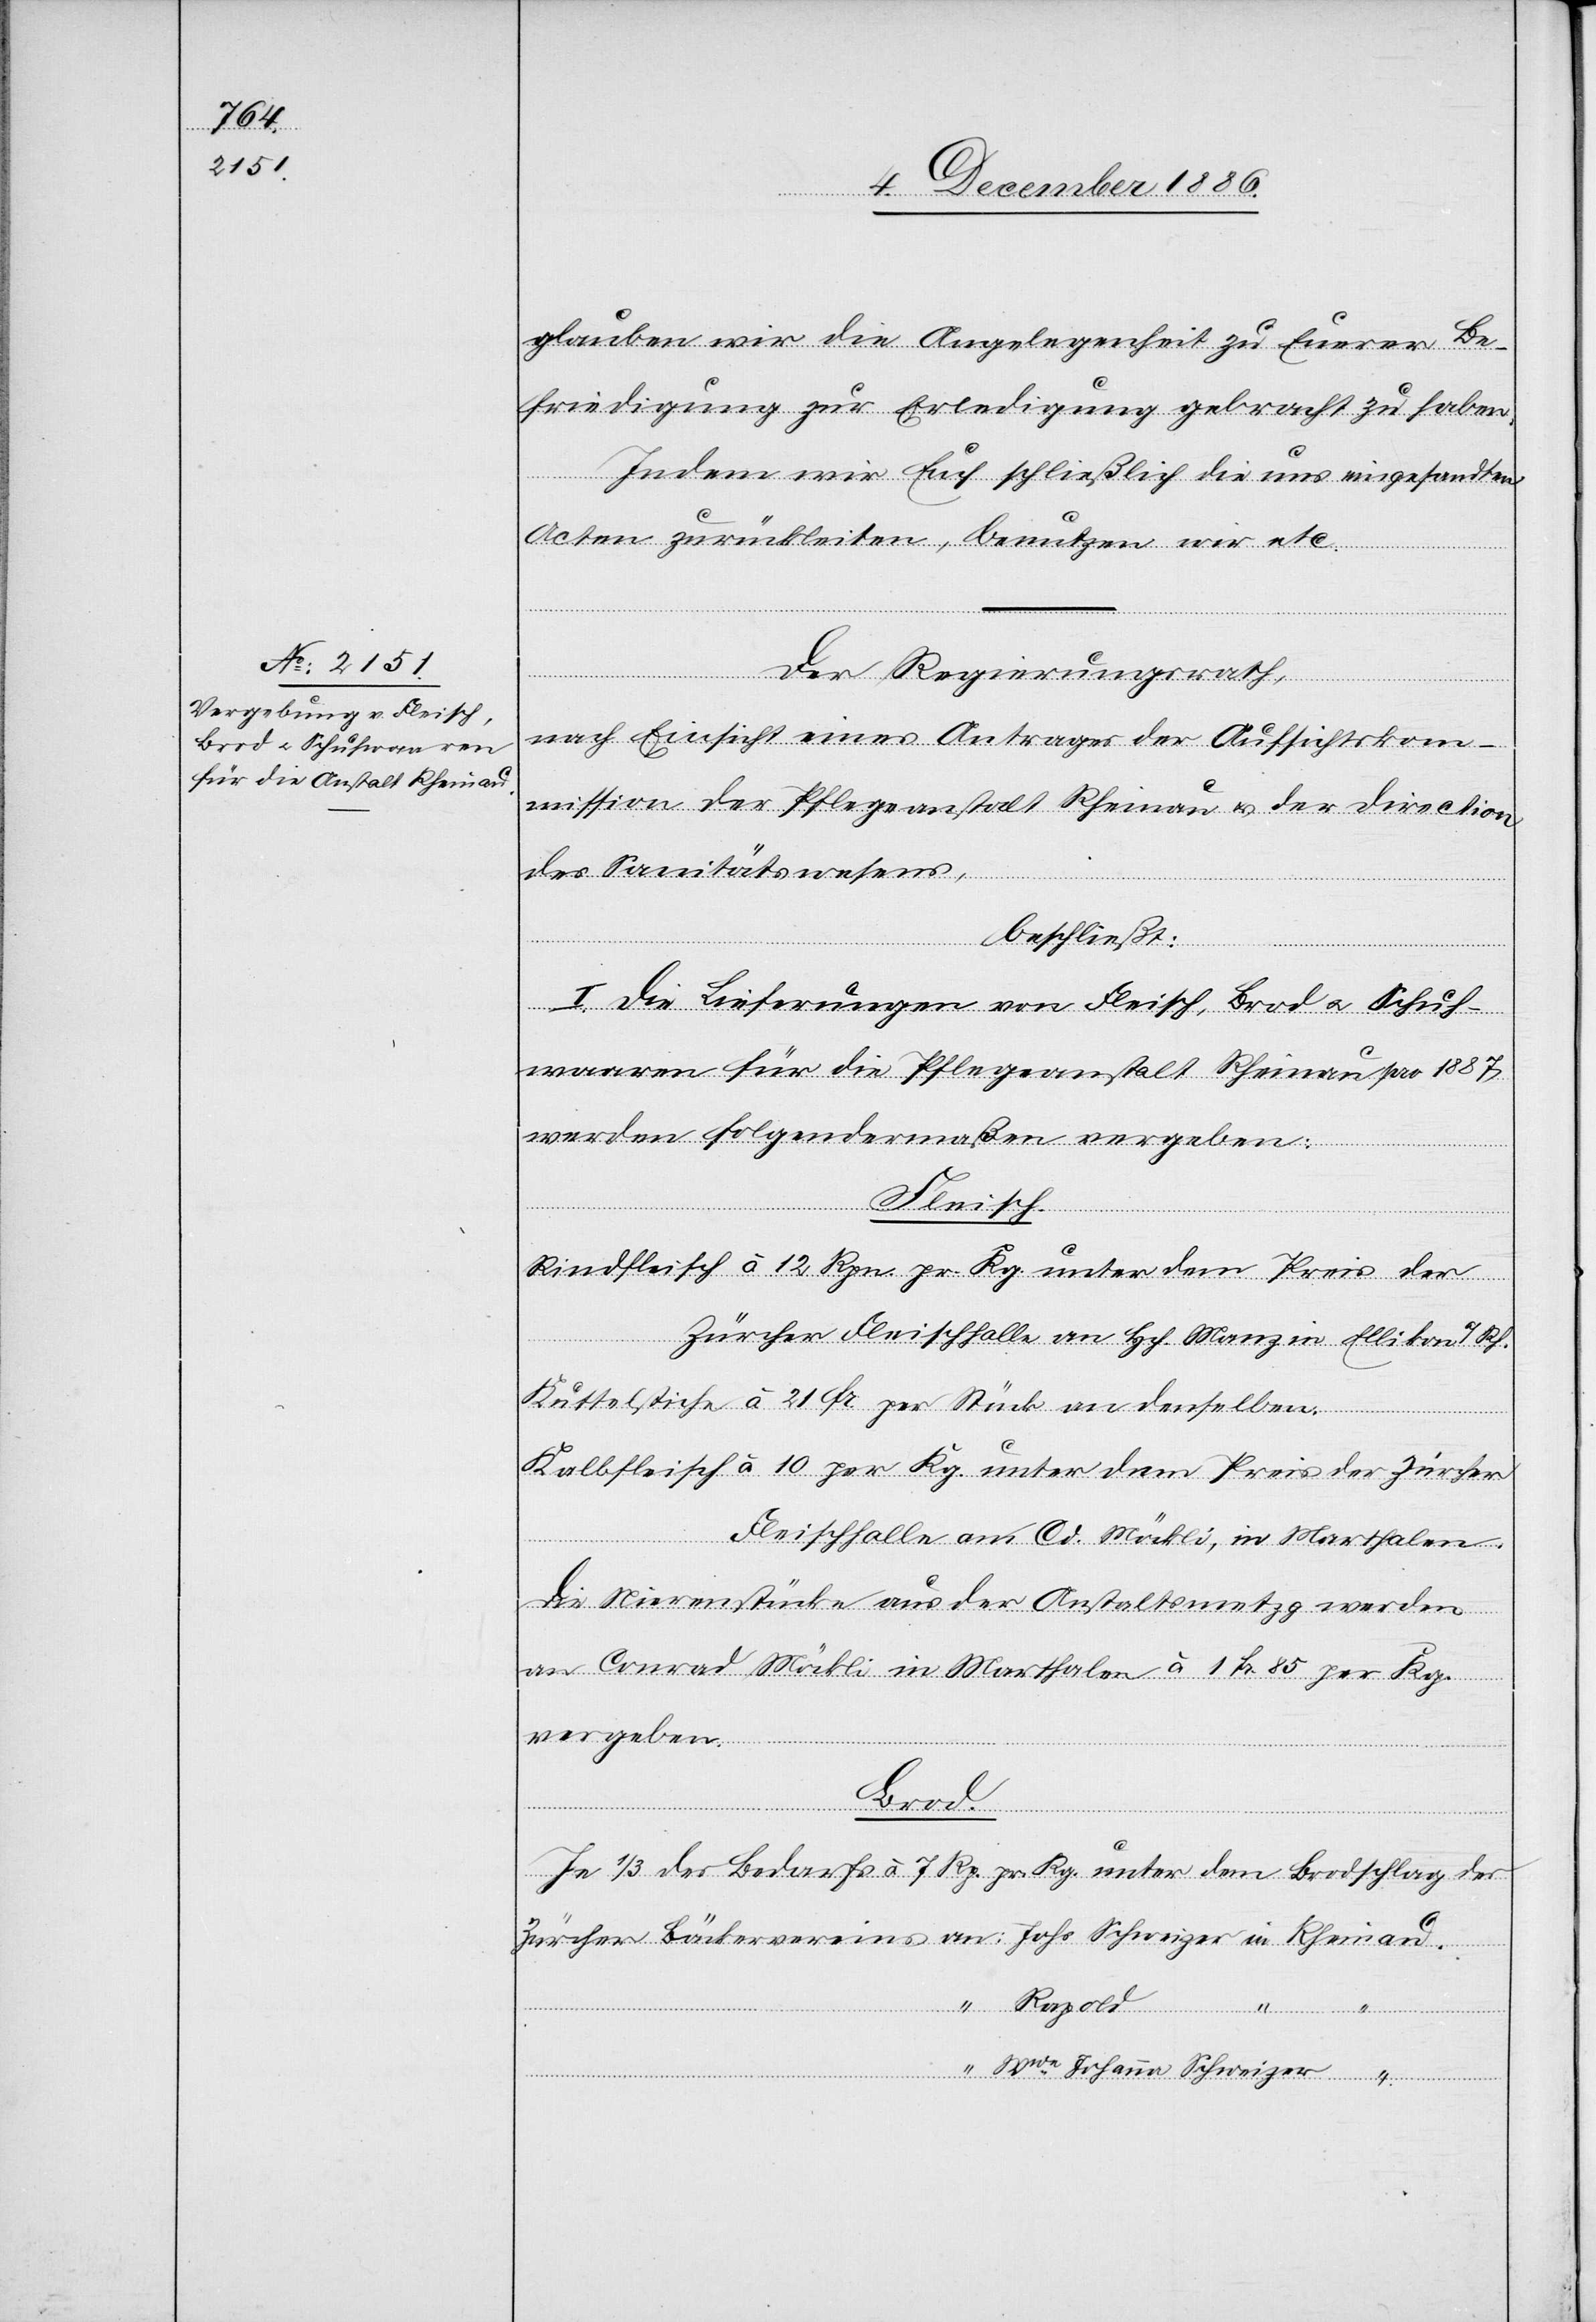
glauben wir die Angelegenheit zu Euerer Be¬
friedigung zur Erledigung gebracht zu haben.
Indem wir Euch schließlich die uns eingesandten
Acten zurückleiten, benutzen wir etc.“
Der Regierungsrath,
nach Einsicht eines Antrages der Aufsichtskom¬
mission der Pflegeanstalt Rheinau & der Direction
des Sanitätswesens,
Schweizer
beschließt:
I. Die Lieferungen von Fleisch, Brod & Schuh¬
waaren für die Pflegeanstalt Rheinau pro 1887
werden folgendermaßen vergeben:
Fleisch.
Rindfleisch à 12 Rpn. pr Kg. unter dem Preis der
Zürcher Fleischhalle an Hch. Manz in Ellikon a/Rh.
Kuttelstiche à 21 Fr. per Stück an denselben.
Kalbfleisch à 10 per Kg. unter dem Preis der Zürcher
Fleischhalle an Cd. Möckli, in Marthalen.
Die Nierenstücke aus der Anstaltsmetzg werden
an Conrad Möckli in Marthalen à 1 Fr. 85 per Kg.
vergeben.
Rapold
Je 1/3 des Bedarfs à 7 Rp. pr. Kg. unter dem Brodschlag des
Wwe Johanna Schweizer